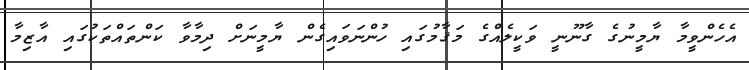
އެހެންވީމާ ޔާމީނުގެ ގާނޫނީ ވަކީލެއްގެ މަޤާމުގައި ހުންނަވައިގެން ޔާމީނަށް ދިމާވާ ކަންތައްތަކުގައި އާޒިމާ